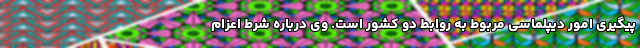
پیگیری امور دیپلماسی مربوط به روابط دو کشور است. وی درباره شرط اعزام